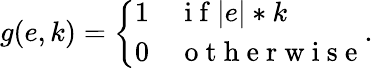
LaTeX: g(e,k)=\left\{ \begin{array}{ll}{1}&{\mathrm{~i~f~}|e|*k}\\ {0}&{\mathrm{~o~t~h~e~r~w~i~s~e~}}\end{array}\right..